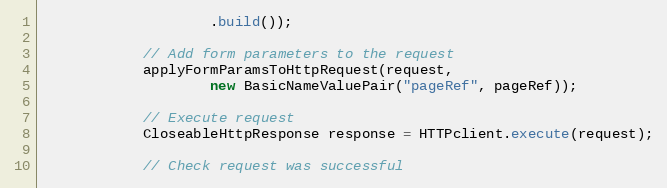
Language: Java
                    .build());

            // Add form parameters to the request
            applyFormParamsToHttpRequest(request,
                    new BasicNameValuePair("pageRef", pageRef));

            // Execute request
            CloseableHttpResponse response = HTTPclient.execute(request);

            // Check request was successful